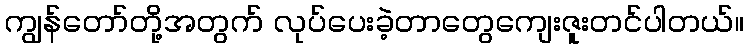
ကျွန်တော်တို့အတွက် လုပ်ပေးခဲ့တာတွေကျေးဇူးတင်ပါတယ်။